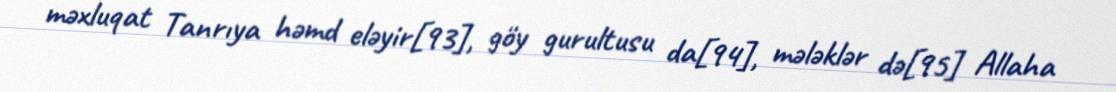
məxluqat Tanrıya həmd eləyir[93], göy gurultusu da[94], mələklər də[95] Allaha